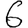
Digit: 6